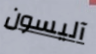
آليسون